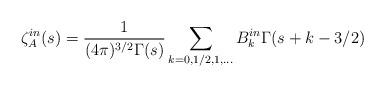
LaTeX: \begin{align*}\zeta _{A}^{in}(s)=\frac{1}{(4\pi) ^{3/2}\Gamma (s)}\sum_{k=0,1/2,1,...}B_{k}^{in}\Gamma(s+k-3/2)\end{align*}